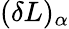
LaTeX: (\delta L)_{\alpha}